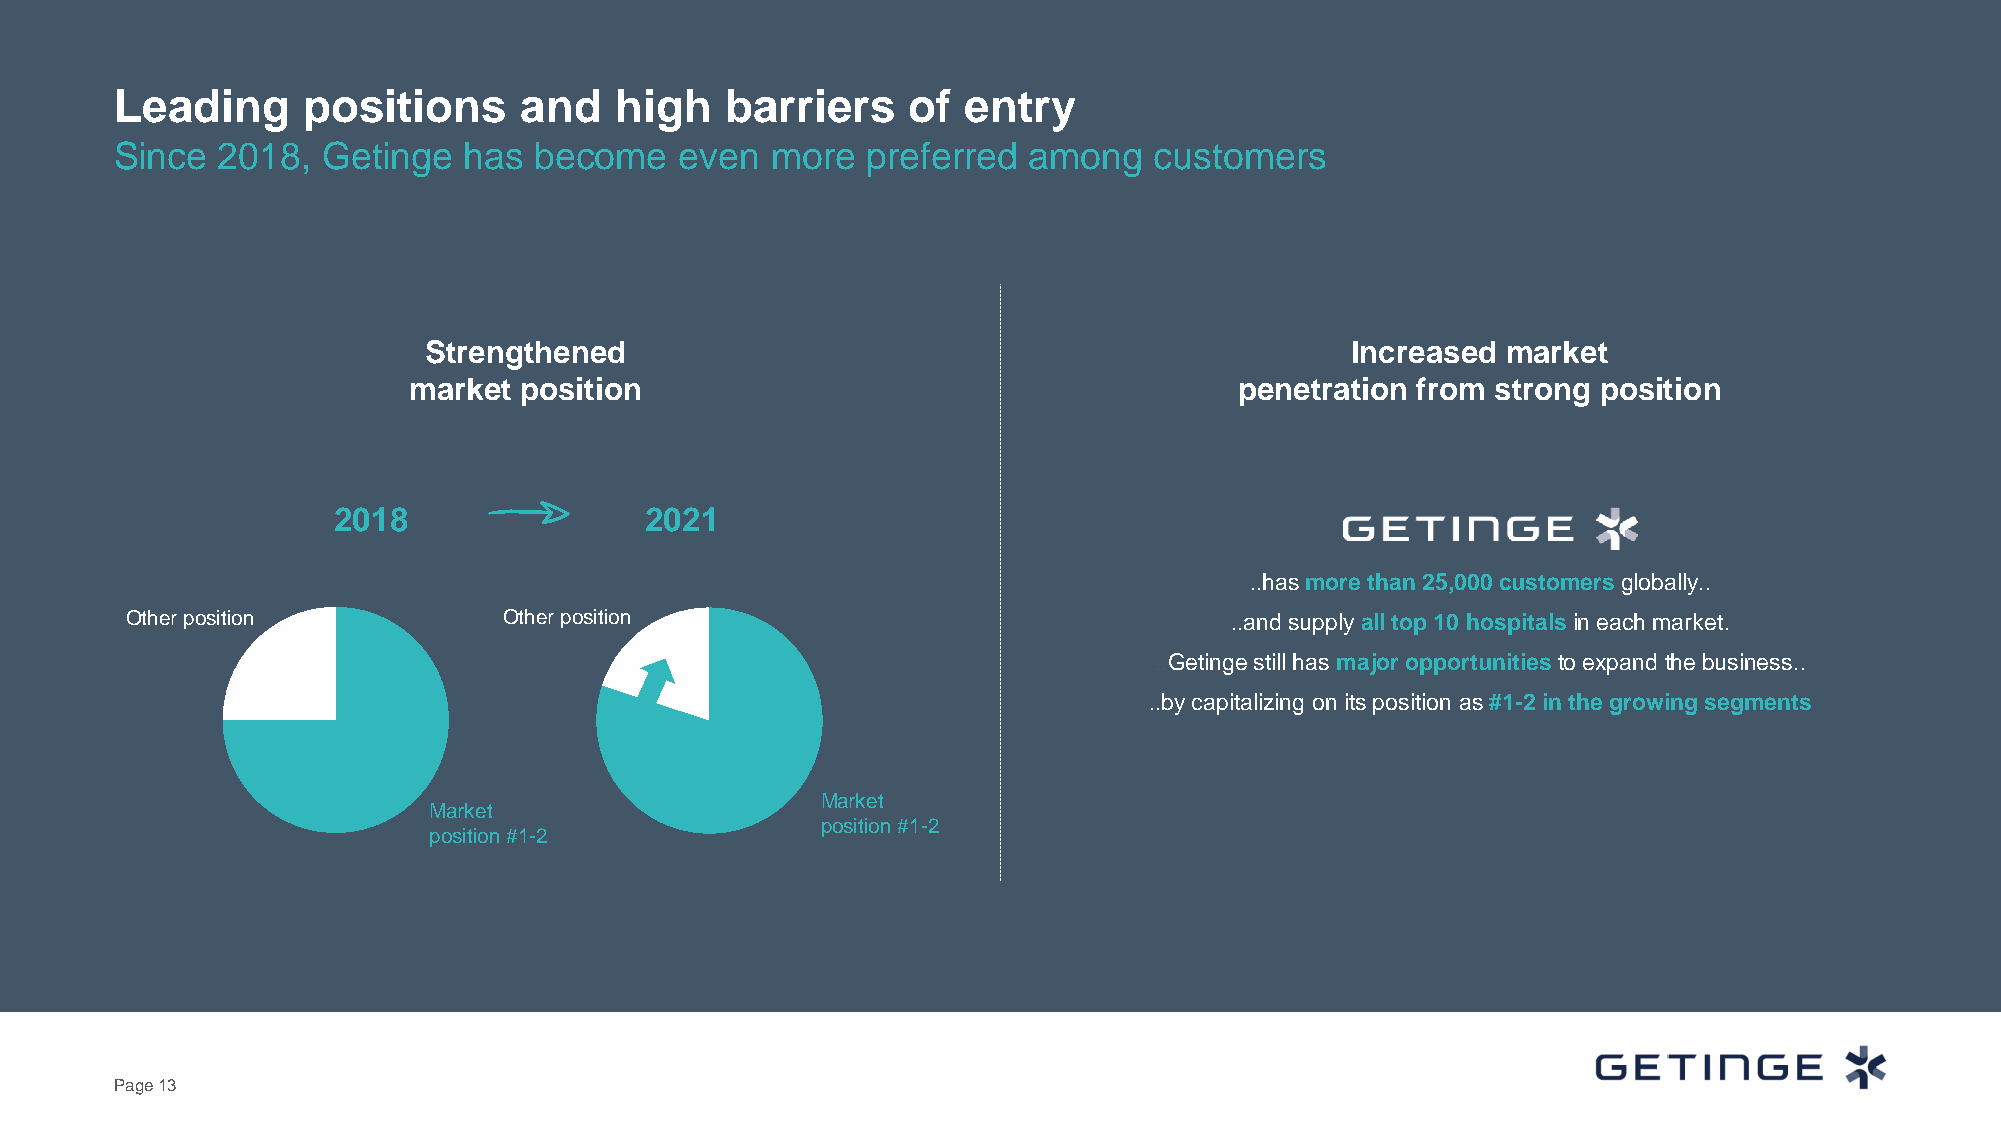
Leading     positions     and    high   barriers    of  entry
 Since 2018,  Getinge   has become    even  more  preferred  among   customers
 Strengthened                                                 Increased  market
 market position                                        penetration from strong position
 2018                 2021
 ..has more than 25,000 customers globally..
 Other position           Other position                                  ..and supply all top 10 hospitalsin each market.
 ..Getinge still has major opportunities to expand the business..
 ..by capitalizing on its position as#1-2 in the growing segments
 Market
 Market
 position #1-2
 position #1-2
 Page 13